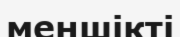
меншікті